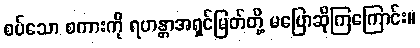
စပ်သော စကားကို ရဟန္တာအရှင်မြတ်တို့ မပြောဆိုကြကြောင်း။